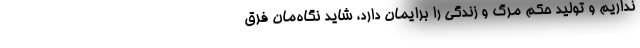
نداریم و تولید حکم مرگ و زندگی را برایمان دارد، شاید نگاه‌مان فرق